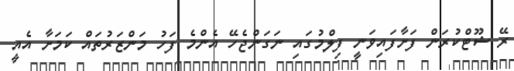
ރޭ ޝޫޓްކުރަން ފަށާފައިވަނީ ފިލްމުގައި ނަގަންޖެހޭ އެންމެ ފަހު މަންޒަރުތައް ކަމަށާ އެއީ